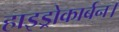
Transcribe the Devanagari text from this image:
हाइड्रोकार्बन।